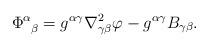
LaTeX: \begin{align*} \Phi_{\ \, \beta}^{\alpha}= g^{ \alpha \gamma} \nabla_{\gamma \beta}^2 \varphi - g^{\alpha \gamma} B_{\gamma \beta}.\end{align*}